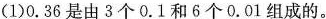
(1)0.36是由3个0.1和6个0.01组成的。